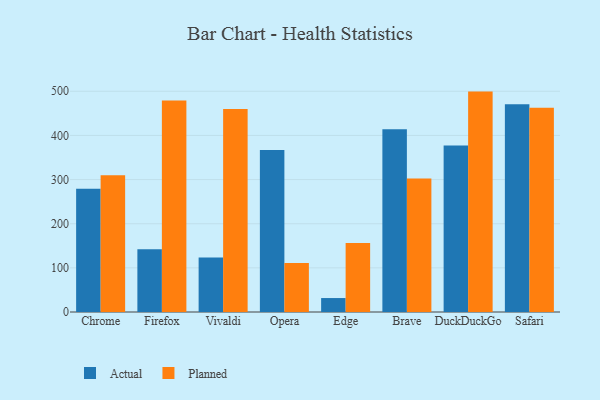
{"axis": {"x": "Browser", "y": "Energy Usage (MWh)"}, "legend": ["Actual", "Planned"], "data": [{"x": "Chrome", "y": 279.3, "type": "Actual"}, {"x": "Chrome", "y": 309.9, "type": "Planned"}, {"x": "Firefox", "y": 142.2, "type": "Actual"}, {"x": "Firefox", "y": 479.4, "type": "Planned"}, {"x": "Vivaldi", "y": 123.3, "type": "Actual"}, {"x": "Vivaldi", "y": 460.0, "type": "Planned"}, {"x": "Opera", "y": 367.2, "type": "Actual"}, {"x": "Opera", "y": 110.8, "type": "Planned"}, {"x": "Edge", "y": 31.6, "type": "Actual"}, {"x": "Edge", "y": 156.4, "type": "Planned"}, {"x": "Brave", "y": 414.0, "type": "Actual"}, {"x": "Brave", "y": 302.5, "type": "Planned"}, {"x": "DuckDuckGo", "y": 377.0, "type": "Actual"}, {"x": "DuckDuckGo", "y": 499.3, "type": "Planned"}, {"x": "Safari", "y": 470.7, "type": "Actual"}, {"x": "Safari", "y": 462.5, "type": "Planned"}]}